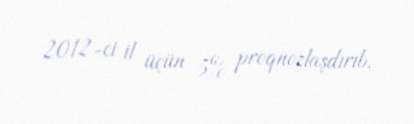
2012-ci il üçün 5% proqnozlaşdırıb.